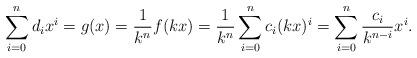
LaTeX: \begin{align*}\sum_{i=0}^n d_i x^i = g(x) = \frac{1}{k^n} f(kx) = \frac{1}{k^n} \sum_{i=0}^n c_i (kx)^i = \sum_{i=0}^n \frac{c_i}{k^{n-i}}x^i.\end{align*}